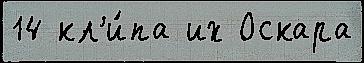
14 кл'и́па их Оскара